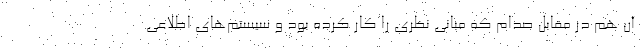
آن هم در مقابل صدام که مبانی نظری را کار کرده بود و سیستم‌های اطلاعی